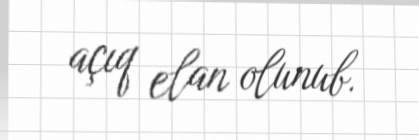
açıq elan olunub.